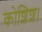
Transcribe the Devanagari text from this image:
कोशिश।